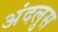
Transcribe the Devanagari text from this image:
अंदलुस